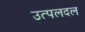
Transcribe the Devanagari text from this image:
उत्पलदल